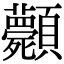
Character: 𩖉